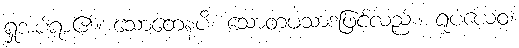
ရှုအပ်ရာ၏။ သောတေနပိ၊ သောတပသာဒဖြင့်လည်း။ ရူပံယေဝ၊